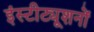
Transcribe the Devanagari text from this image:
इंस्टीट्यूशनों